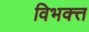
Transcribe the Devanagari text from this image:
विभक्त्त